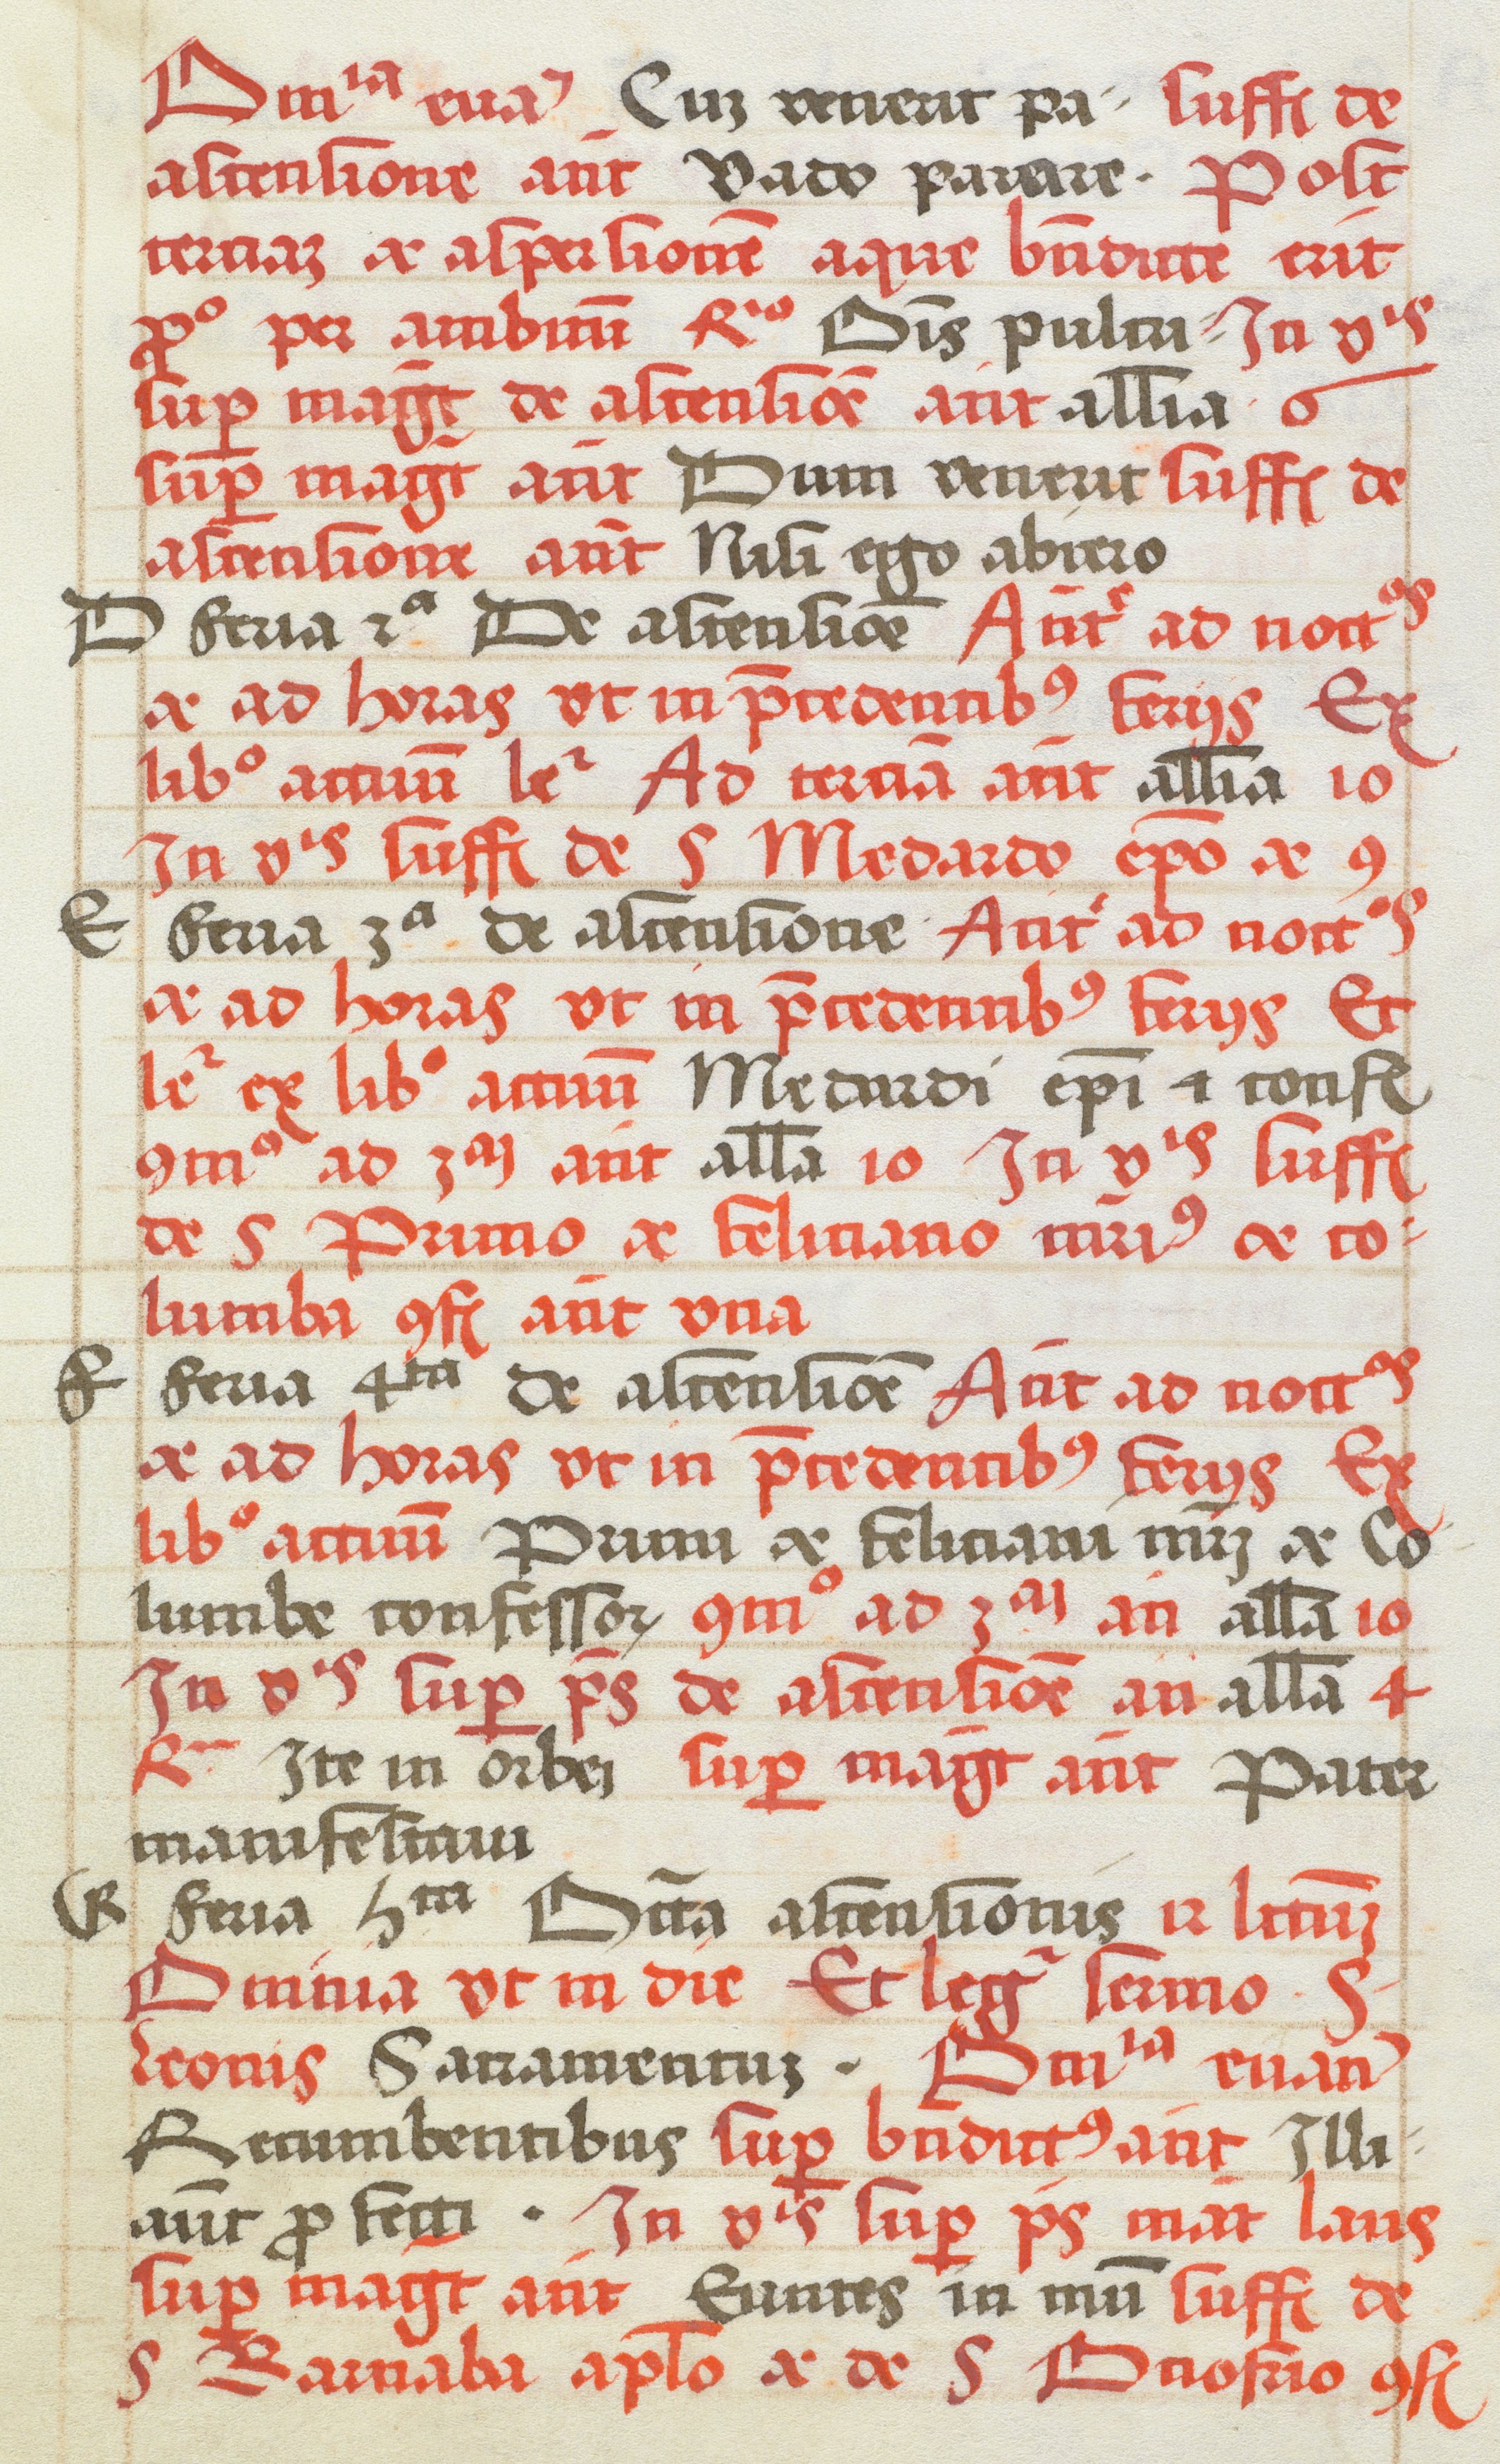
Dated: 1520–1520